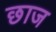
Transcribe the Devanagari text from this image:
छाज